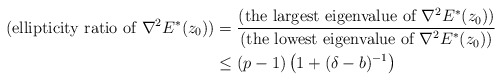
\begin{align*}(\textrm{ellipticity ratio of $\nabla^{2}E^{\ast}(z_{0})$})&=\frac{(\textrm{the largest eigenvalue of $\nabla^{2}E^{\ast}(z_{0})$})}{(\textrm{the lowest eigenvalue of $\nabla^{2}E^{\ast}(z_{0})$})}\\&\le (p-1)\left(1+(\delta-b)^{-1}\right)\end{align*}